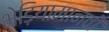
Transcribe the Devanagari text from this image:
भेड़ियामानवों